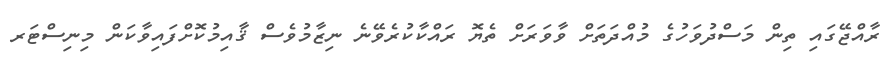
ރާއްޖޭގައި ތިން މަސްދުވަހުގެ މުއްދަތަށް ވާވަރަށް ތެޔޮ ރައްކާކުރެވޭނެ ނިޒާމުވެސް ޤާއިމުކޮށްފައިވާކަން މިނިސްޓަރ